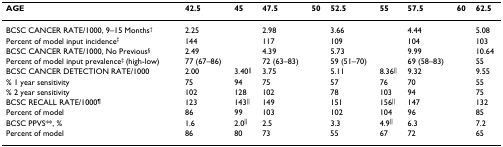
<table><thead><tr><td><b>AGE</b></td><td><b>42.5</b></td><td><b>45</b></td><td><b>47.5</b></td><td><b>50</b></td><td><b>52.5</b></td><td><b>55</b></td><td><b>57.5</b></td><td><b>60</b></td><td><b>62.5</b></td></tr></thead><tbody><tr><td>BCSC CANCER RATE/1000, 9–15 Months<sup>†</sup></td><td>2.25</td><td></td><td>2.98</td><td></td><td>3.66</td><td></td><td>4.44</td><td></td><td>5.08</td></tr><tr><td>Percent of model input incidence<sup>‡</sup></td><td>144</td><td></td><td>117</td><td></td><td>109</td><td></td><td>104</td><td></td><td>103</td></tr><tr><td>BCSC CANCER RATE/1000, No Previous<sup>§</sup></td><td>2.49</td><td></td><td>4.39</td><td></td><td>5.73</td><td></td><td>9.99</td><td></td><td>10.64</td></tr><tr><td>Percent of model input prevalence<sup>‡ </sup>(high-low)</td><td>77 (67–86)</td><td></td><td>72 (63–83)</td><td></td><td>59 (51–70)</td><td></td><td>69 (58–83)</td><td></td><td>55</td></tr><tr><td>BCSC CANCER DETECTION RATE/1000</td><td>2.00</td><td>3.40<sup>||</sup></td><td>3.75</td><td></td><td>5.11</td><td>8.36<sup>||</sup></td><td>9.32</td><td></td><td>9.55</td></tr><tr><td>% 1 year sensitivity</td><td>75</td><td>94</td><td>75</td><td></td><td>57</td><td>76</td><td>70</td><td></td><td>55</td></tr><tr><td>% 2 year sensitivity</td><td>102</td><td>128</td><td>102</td><td></td><td>78</td><td>103</td><td>94</td><td></td><td>75</td></tr><tr><td>BCSC RECALL RATE/1000<sup>¶</sup></td><td>123</td><td>143<sup>||</sup></td><td>149</td><td></td><td>151</td><td>156<sup>||</sup></td><td>147</td><td></td><td>132</td></tr><tr><td>Percent of model</td><td>86</td><td>99</td><td>103</td><td></td><td>102</td><td>104</td><td>96</td><td></td><td>85</td></tr><tr><td>BCSC PPVS**, %</td><td>1.6</td><td>2.0<sup>||</sup></td><td>2.5</td><td></td><td>3.3</td><td>4.9<sup>||</sup></td><td>6.3</td><td></td><td>7.2</td></tr><tr><td>Percent of model</td><td>86</td><td>80</td><td>73</td><td></td><td>55</td><td>67</td><td>72</td><td></td><td>65</td></tr></tbody></table>